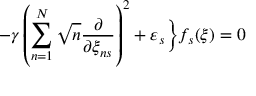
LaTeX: - \gamma \left( \sum _ { n = 1 } ^ { N } \sqrt { n } \frac \partial { \partial \xi _ { n s } } \right) ^ { 2 } + \varepsilon _ { s } \biggr \} f _ { s } ( \xi ) = 0